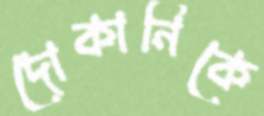
দোকানিকে